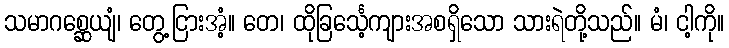
သမာဂစ္ဆေယျံ၊ တွေ့ငြားအံ့။ တေ၊ ထိုခြင်္သေ့ကျားအစရှိသော သားရဲတို့သည်။ မံ၊ ငါ့ကို။